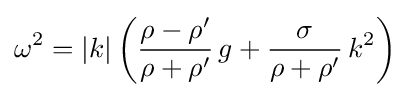
\omega ^{2}=|k|\left({\frac {\rho -\rho '}{\rho +\rho '}}\,g+{\frac {\sigma }{\rho +\rho '}}\,k^{2}\right)